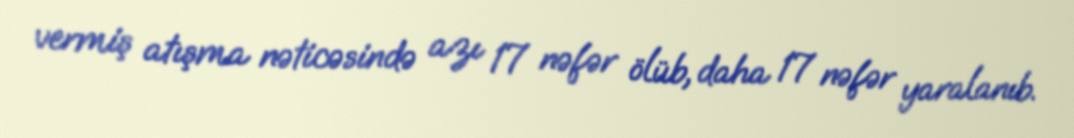
vermiş atışma nəticəsində azı 17 nəfər ölüb, daha 17 nəfər yaralanıb.